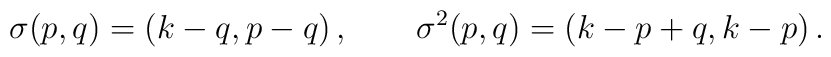
\sigma(p,q) = (k-q,p-q)\,,\qquad \sigma^2 (p,q) =(k-p+q,k-p) \,.